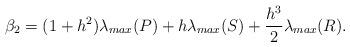
LaTeX: \begin{align*}\beta_2 = \displaystyle (1+ h^2) \lambda_{max}(P) + h \lambda_{max}(S) + \frac{h^3}{2} \lambda_{max}(R).\end{align*}